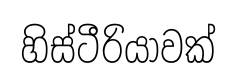
හිස්ටීරියාවක්